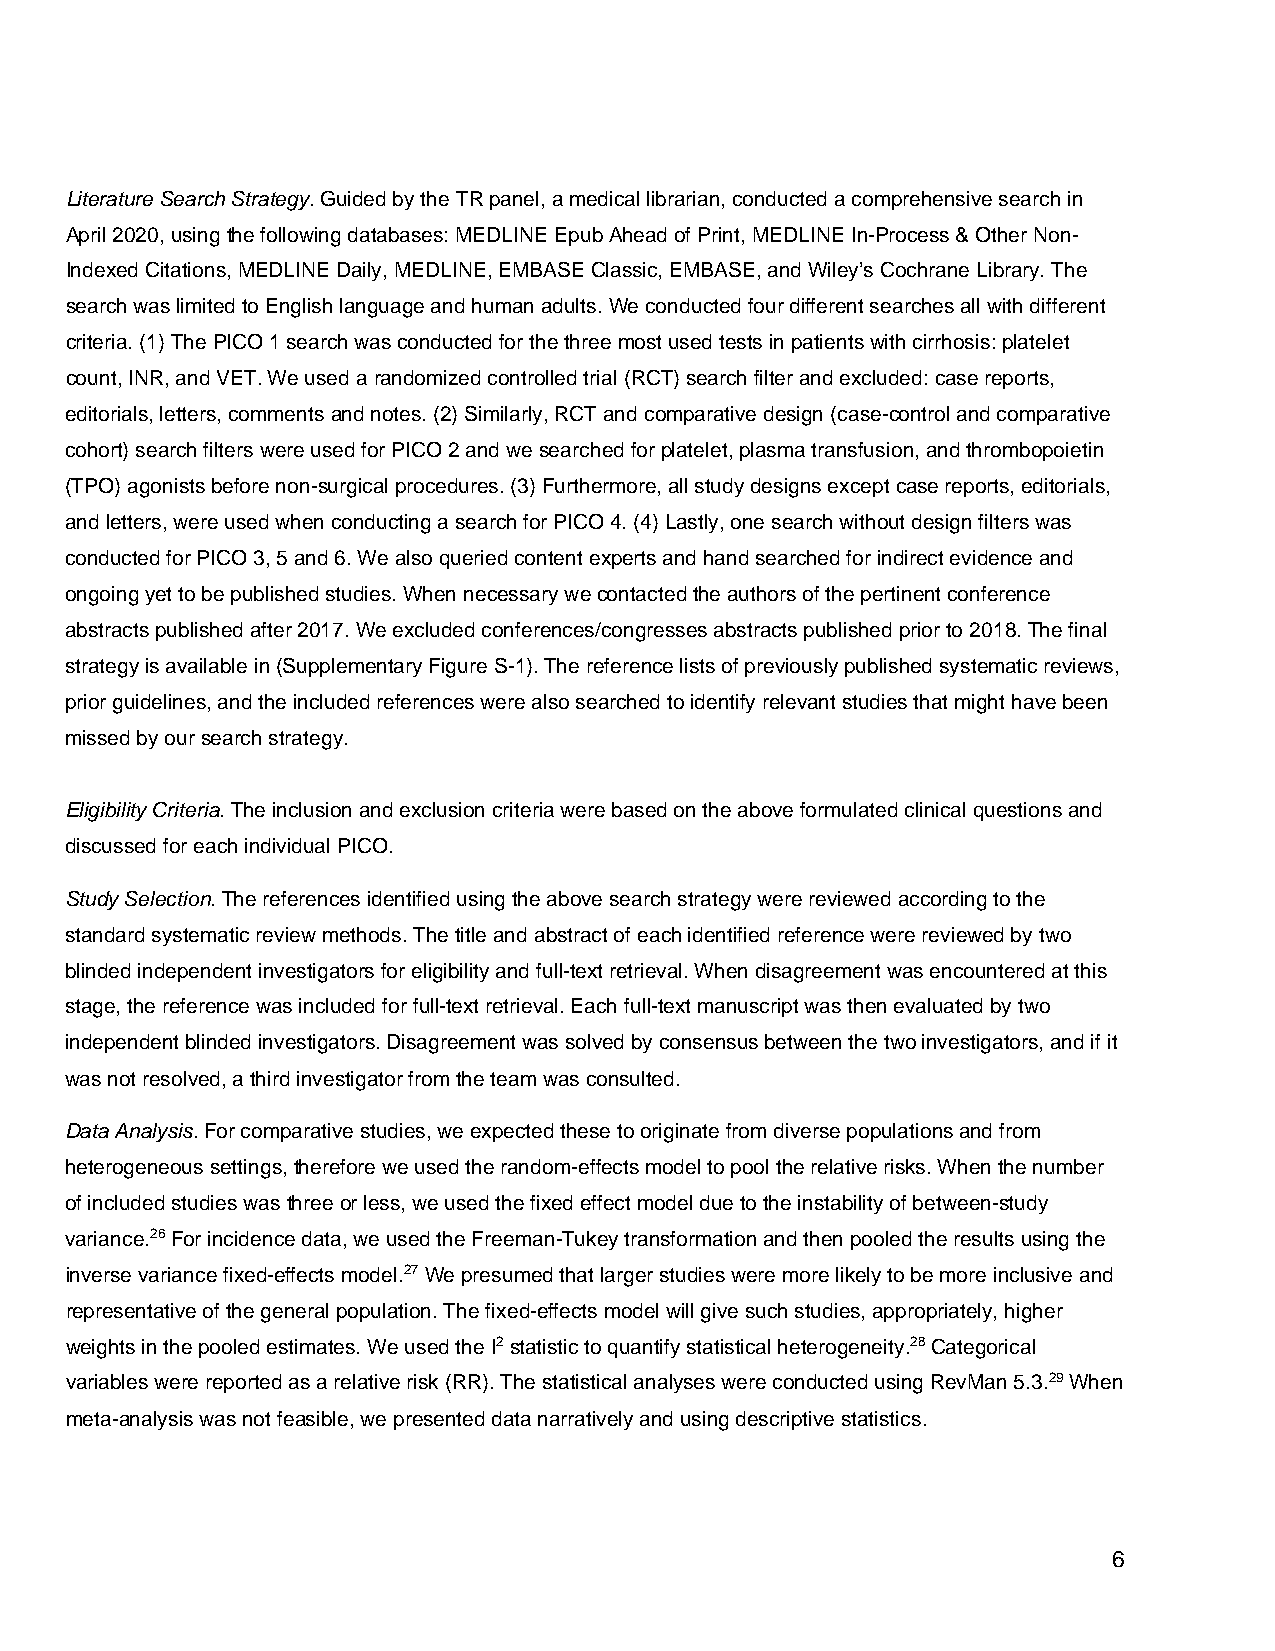
Literature Search Strategy. Guided by the TR panel, a medical librarian, conducted a comprehensive search in
 April 2020, using the following databases: MEDLINE Epub Ahead of Print, MEDLINE In-Process & Other Non-
 Indexed Citations, MEDLINE Daily, MEDLINE, EMBASE Classic, EMBASE, and Wiley’s Cochrane Library. The
 search was limited to English language and human adults. We conducted four different searches all with different
 criteria. (1) The PICO 1 search was conducted for the three most used tests in patients with cirrhosis: platelet
 count, INR, and VET. We used a randomized controlled trial (RCT) search filter and excluded: case reports,
 editorials, letters, comments and notes. (2) Similarly, RCT and comparative design (case-control and comparative
 cohort) search filters were used for PICO 2 and we searched for platelet, plasma transfusion, and thrombopoietin
 (TPO) agonists before non-surgical procedures. (3) Furthermore, all study designs except case reports, editorials,
 and letters, were used when conducting a search for PICO 4. (4) Lastly, one search without design filters was
 conducted for PICO 3, 5 and 6. We also queried content experts and hand searched for indirect evidence and
 ongoing yet to be published studies. When necessary we contacted the authors of the pertinent conference
 abstracts published after 2017. We excluded conferences/congresses abstracts published prior to 2018. The final
 strategy is available in (Supplementary Figure S-1). The reference lists of previously published systematic reviews,
 prior guidelines, and the included references were also searched to identify relevant studies that might have been
 missed by our search strategy.
 Eligibility Criteria. The inclusion and exclusion criteria were based on the above formulated clinical questions and
 discussed for each individual PICO.
 Study Selection. The references identified using the above search strategy were reviewed according to the
 standard systematic review methods. The title and abstract of each identified reference were reviewed by two
 blinded independent investigators for eligibility and full-text retrieval. When disagreement was encountered at this
 stage, the reference was included for full-text retrieval. Each full-text manuscript was then evaluated by two
 independent blinded investigators. Disagreement was solved by consensus between the two investigators, and if it
 was not resolved, a third investigator from the team was consulted.
 Data Analysis. For comparative studies, we expected these to originate from diverse populations and from
 heterogeneous settings, therefore we used the random-effects model to pool the relative risks. When the number
 of included studies was three or less, we used the fixed effect model due to the instability of between-study
 variance.26 For incidence data, we used the Freeman-Tukey transformation and then pooled the results using the
 inverse variance fixed-effects model.27 We presumed that larger studies were more likely to be more inclusive and
 representative of the general population. The fixed-effects model will give such studies, appropriately, higher
 weights in the pooled estimates. We used the I2 statistic to quantify statistical heterogeneity.28 Categorical
 variables were reported as a relative risk (RR). The statistical analyses were conducted using RevMan 5.3.29 When
 meta-analysis was not feasible, we presented data narratively and using descriptive statistics.
 6